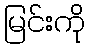
မြင်းကို